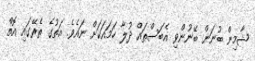
ޝާމިން ބުނަން ބޭނުންވި އެބަސްތައް ދުލާ ހަމައަކަށް ނައެވެ. އަތުގެ ތެރޭގައި އޮތް